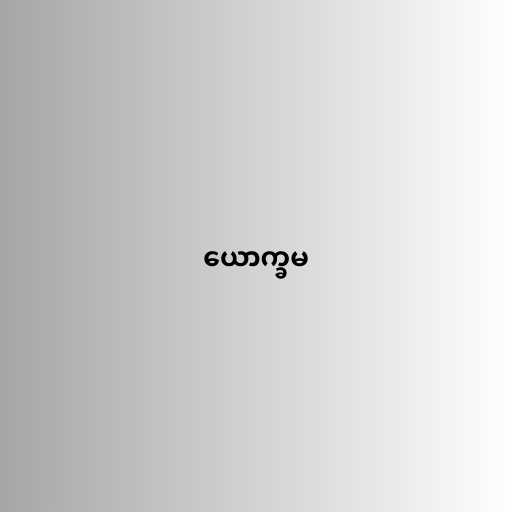
ယောက္ခမ